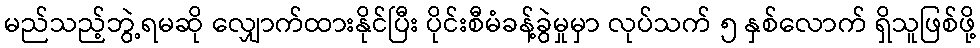
မည်သည့်ဘွဲ့ရမဆို လျှောက်ထားနိုင်ပြီး ပိုင်းစီမံခန့်ခွဲမှုမှာ လုပ်သက် ၅ နှစ်လောက် ရှိသူဖြစ်ဖို့